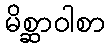
မိစ္ဆာဝါစာ